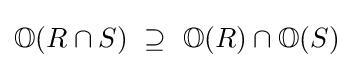
\mathbb {O} (R\cap S)~\supseteq ~\mathbb {O} (R)\cap \mathbb {O} (S)